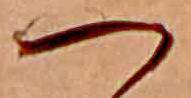
つ